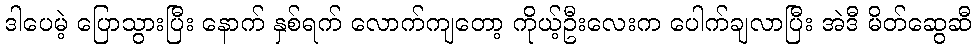
ဒါပေမဲ့ ပြောသွားပြီး နောက် နှစ်ရက် လောက်ကျတော့ ကိုယ့်ဦးလေးက ပေါက်ချလာပြီး အဲဒီ မိတ်ဆွေဆီ